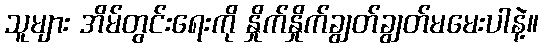
သူများ အိမ်တွင်းရေးကို နှိုက်နှိုက်ချွတ်ချွတ်မမေးပါနဲ့။